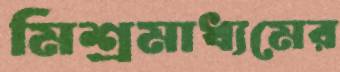
মিশ্রমাধ্যমের